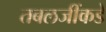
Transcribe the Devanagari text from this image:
तबलजींकडे